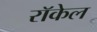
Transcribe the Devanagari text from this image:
राॅकेल